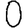
Digit: 0